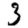
Digit: 3